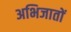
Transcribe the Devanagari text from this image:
अभिजातों